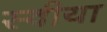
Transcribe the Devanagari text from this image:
स्वीया